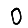
Digit: 0